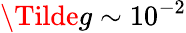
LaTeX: \Tilde{g}\sim 10^{-2}